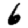
Digit: 6